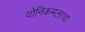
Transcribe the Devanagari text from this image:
योनिकमलाचा